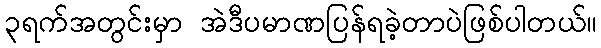
၃ရက်အတွင်းမှာ အဲဒီပမာဏပြန်ရခဲ့တာပဲဖြစ်ပါတယ်။